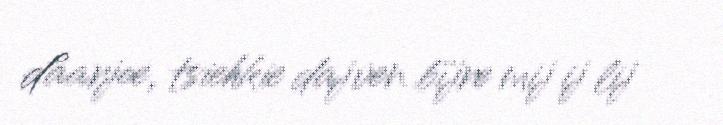
dåarjoe, tsiehkie dajven bïjre mij ij lij